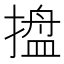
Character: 𭢋